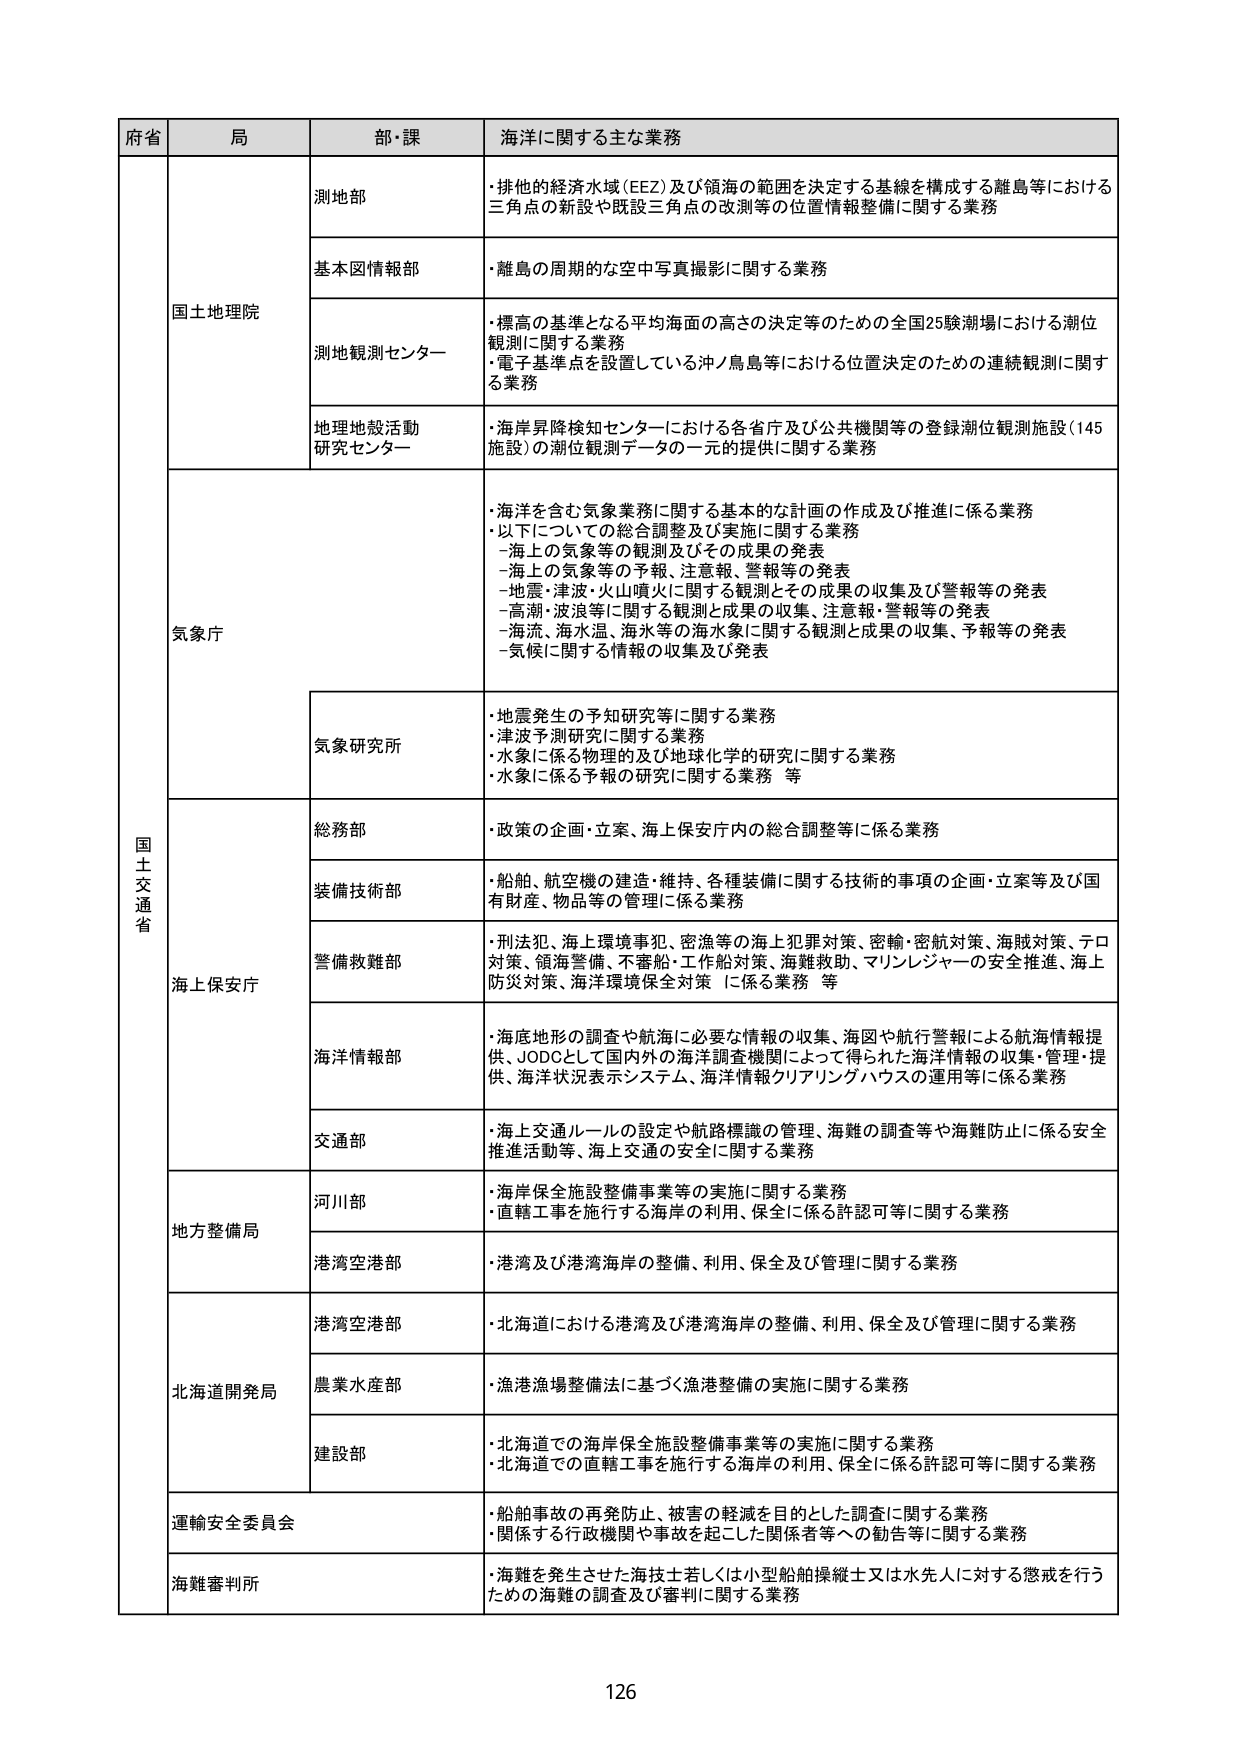
府省 局 部・課 海洋に関する主な業務
国土交通省 国土地理院 測地部 ・排他的経済水域（EEZ）及び領海の範囲を決定する基線を構成する離島等における三角点の新設や既設三角点の改測等の位置情報整備に関する業務
基本図情報部 ・離島の周期的な空中写真撮影に関する業務
測地観測センター ・標高の基準となる平均海面の高さの決定等のための全国25験潮場における潮位観測に関する業務
・電子基準点を設置している沖ノ鳥島等における位置決定のための連続観測に関する業務
地理地殻活動研究センター ・海岸昇降検知センターにおける各省庁及び公共機関等の登録潮位観測施設（145施設）の潮位観測データの一元的提供に関する業務
気象庁 ・海洋を含む気象業務に関する基本的な計画の作成及び推進に係る業務
・以下についての総合調整及び実施に関する業務
－海上の気象等の観測及びその成果の発表
－海上の気象等の予報、注意報、警報等の発表
－地震・津波・火山噴火に関する観測とその成果の収集及び警報等の発表
－高潮・波浪等に関する観測と成果の収集、注意報・警報等の発表
－海流、海水温、海氷等の海氷象に関する観測と成果の収集、予報等の発表
－気候に関する情報の収集及び発表
気象研究所 ・地震発生の予知研究等に関する業務
・津波予測研究に関する業務
・水象に係る物理的及び地球化学的研究に関する業務
・水象に係る予報の研究に関する業務 等
海上保安庁 総務部 ・政策の企画・立案、海上保安庁内の総合調整等に係る業務
装備技術部 ・船舶、航空機の建造・維持、各種装備に関する技術的事項の企画・立案等及び国有財産、物品等の管理に係る業務
警備救難部 ・刑法犯、海上環境事犯、密漁等の海上犯罪対策、密輸・密航対策、海賊対策、テロ対策、領海警備、不審船・工作船対策、海難救助、マリンレジャーの安全推進、海上防災対策、海洋環境保全対策 に係る業務 等
海洋情報部 ・海底地形の調査や航海に必要な情報の収集、海図や航行警報による航海情報提供、JODCとして国内外の海洋調査機関によって得られた海洋情報の収集・管理・提供、海洋状況表示システム、海洋情報クリアリングハウスの運用等に係る業務
交通部 ・海上交通ルールの設定や航路標識の管理、海難の調査等や海難防止に係る安全推進活動等、海上交通の安全に関する業務
地方整備局 河川部 ・海岸保全施設整備事業等の実施に関する業務
・直轄工事を施行する海岸の利用、保全に係る許認可等に関する業務
港湾空港部 ・港湾及び港湾海岸の整備、利用、保全及び管理に関する業務
北海道開発局 港湾空港部 ・北海道における港湾及び港湾海岸の整備、利用、保全及び管理に関する業務
農業水産部 ・漁港漁場整備法に基づく漁港整備の実施に関する業務
建設部 ・北海道での海岸保全施設整備事業等の実施に関する業務
・北海道での直轄工事を施行する海岸の利用、保全に係る許認可等に関する業務
運輸安全委員会 ・船舶事故の再発防止、被害の軽減を目的とした調査に関する業務
・関係する行政機関や事故を起こした関係者等への勧告等に関する業務
海難審判所 ・海難を発生させた海技士若しくは小型船舶操縦士又は水先人に対する懲戒を行うための海難の調査及び審判に関する業務
126